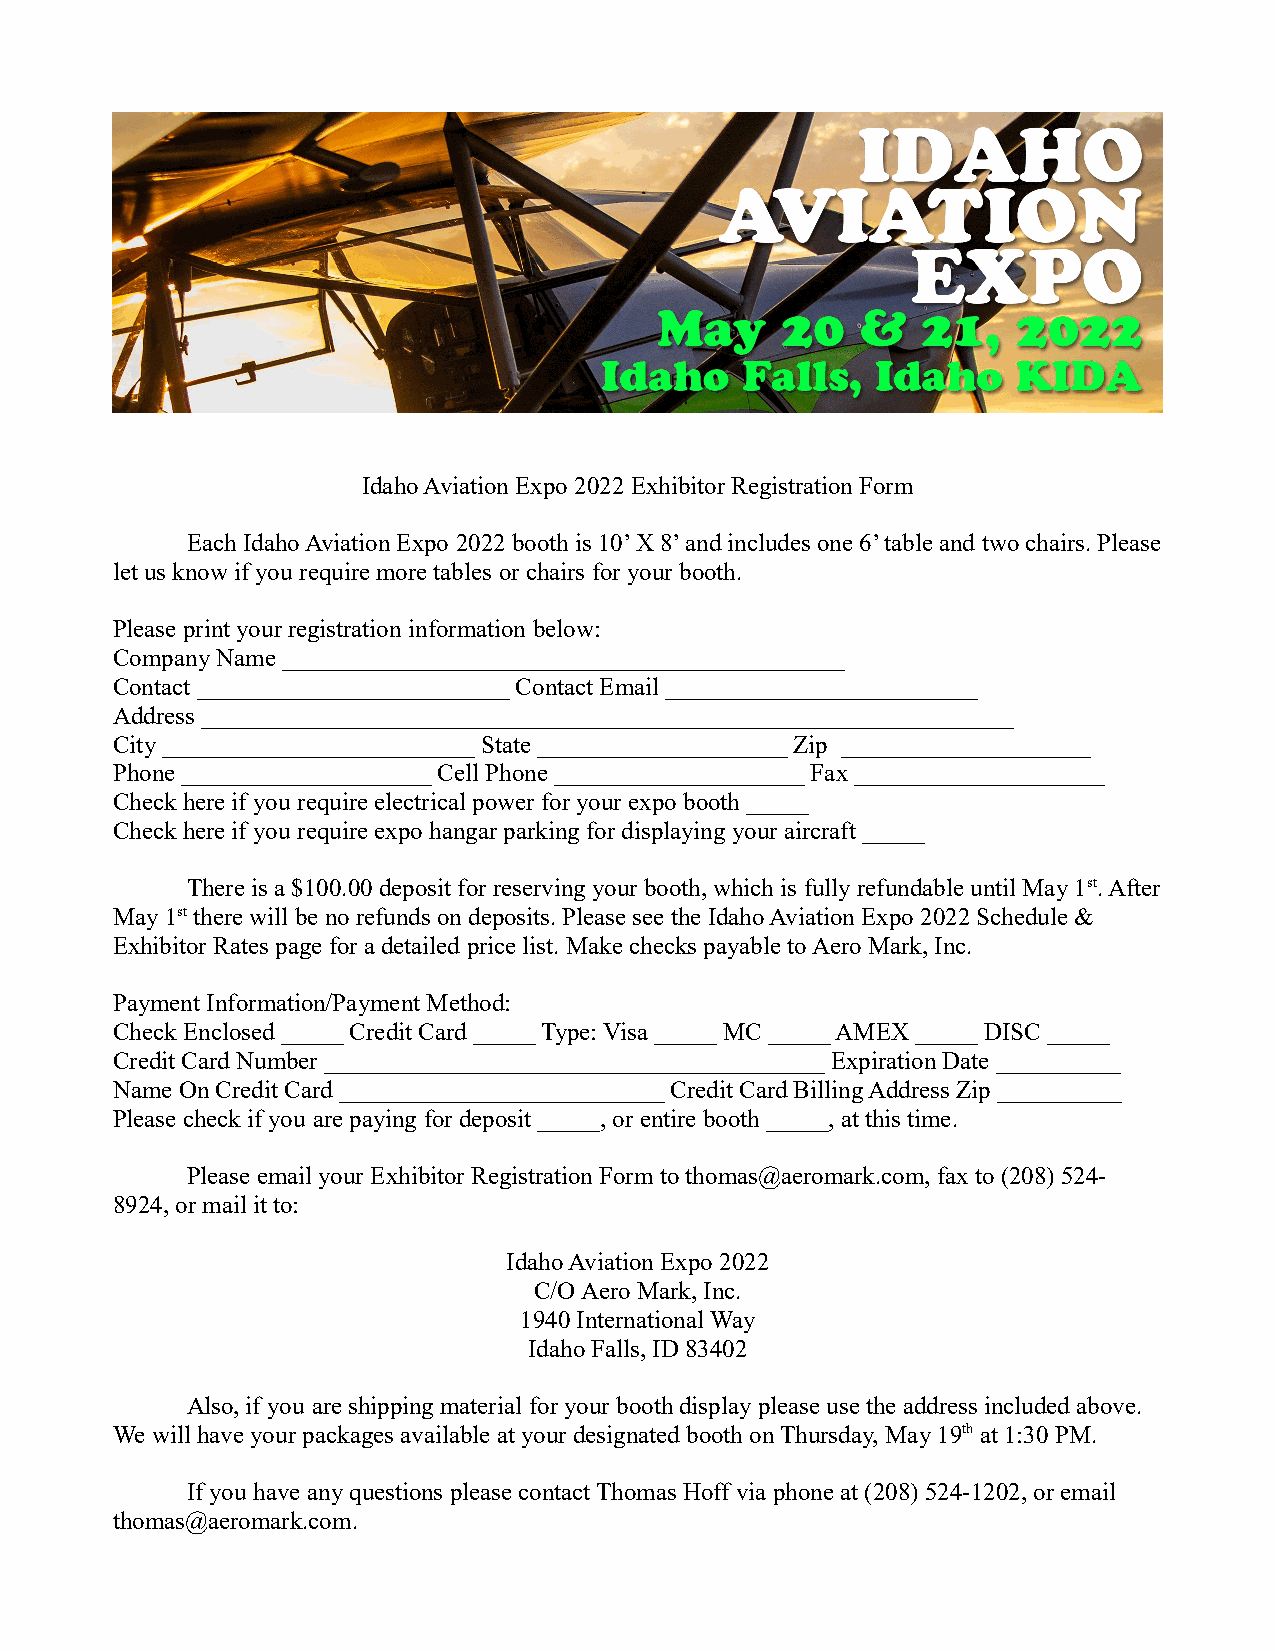
Idaho Aviation Expo 2022 Exhibitor Registration Form
 Each Idaho Aviation Expo 2022 booth is 10’ X 8’ and includes one 6’ table and two chairs. Please
 let us know if you require more tables or chairs for your booth.
 Please print your registration information below:
 Company Name _____________________________________________
 Contact _________________________ Contact Email _________________________
 Address _________________________________________________________________
 City _________________________ State ____________________ Zip ____________________
 Phone ____________________ Cell Phone ____________________ Fax ____________________
 Check here if you require electrical power for your expo booth _____
 Check here if you require expo hangar parking for displaying your aircraft _____
 There is a $100.00 deposit for reserving your booth, which is fully refundable until May 1st. After
 May 1st there will be no refunds on deposits. Please see the Idaho Aviation Expo 2022 Schedule &
 Exhibitor Rates page for a detailed price list. Make checks payable to Aero Mark, Inc.
 Payment Information/Payment Method:
 Check Enclosed _____ Credit Card _____ Type: Visa _____ MC _____ AMEX _____ DISC _____
 Credit Card Number ________________________________________ Expiration Date __________
 Name On Credit Card __________________________ Credit Card Billing Address Zip __________
 Please check if you are paying for deposit _____, or entire booth _____, at this time.
 Please email your Exhibitor Registration Form to thomas@aeromark.com, fax to (208) 524-
 8924, or mail it to:
 Idaho Aviation Expo 2022
 C/O Aero Mark, Inc.
 1940 International Way
 Idaho Falls, ID 83402
 Also, if you are shipping material for your booth display please use the address included above.
 We will have your packages available at your designated booth on Thursday, May 19th at 1:30 PM.
 If you have any questions please contact Thomas Hoff via phone at (208) 524-1202, or email
 thomas@aeromark.com.